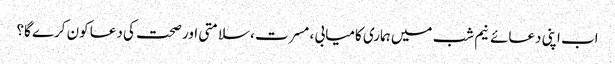
اب اپنی دعائے نیم شب میں ہماری کامیابی ، مسرت ،سلامتی اور صحت کی دعا کون کرے گا؟